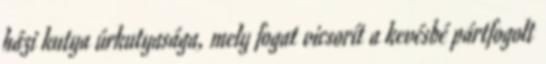
házi kutya úrkutyasága, mely fogat vicsorít a kevésbé pártfogolt